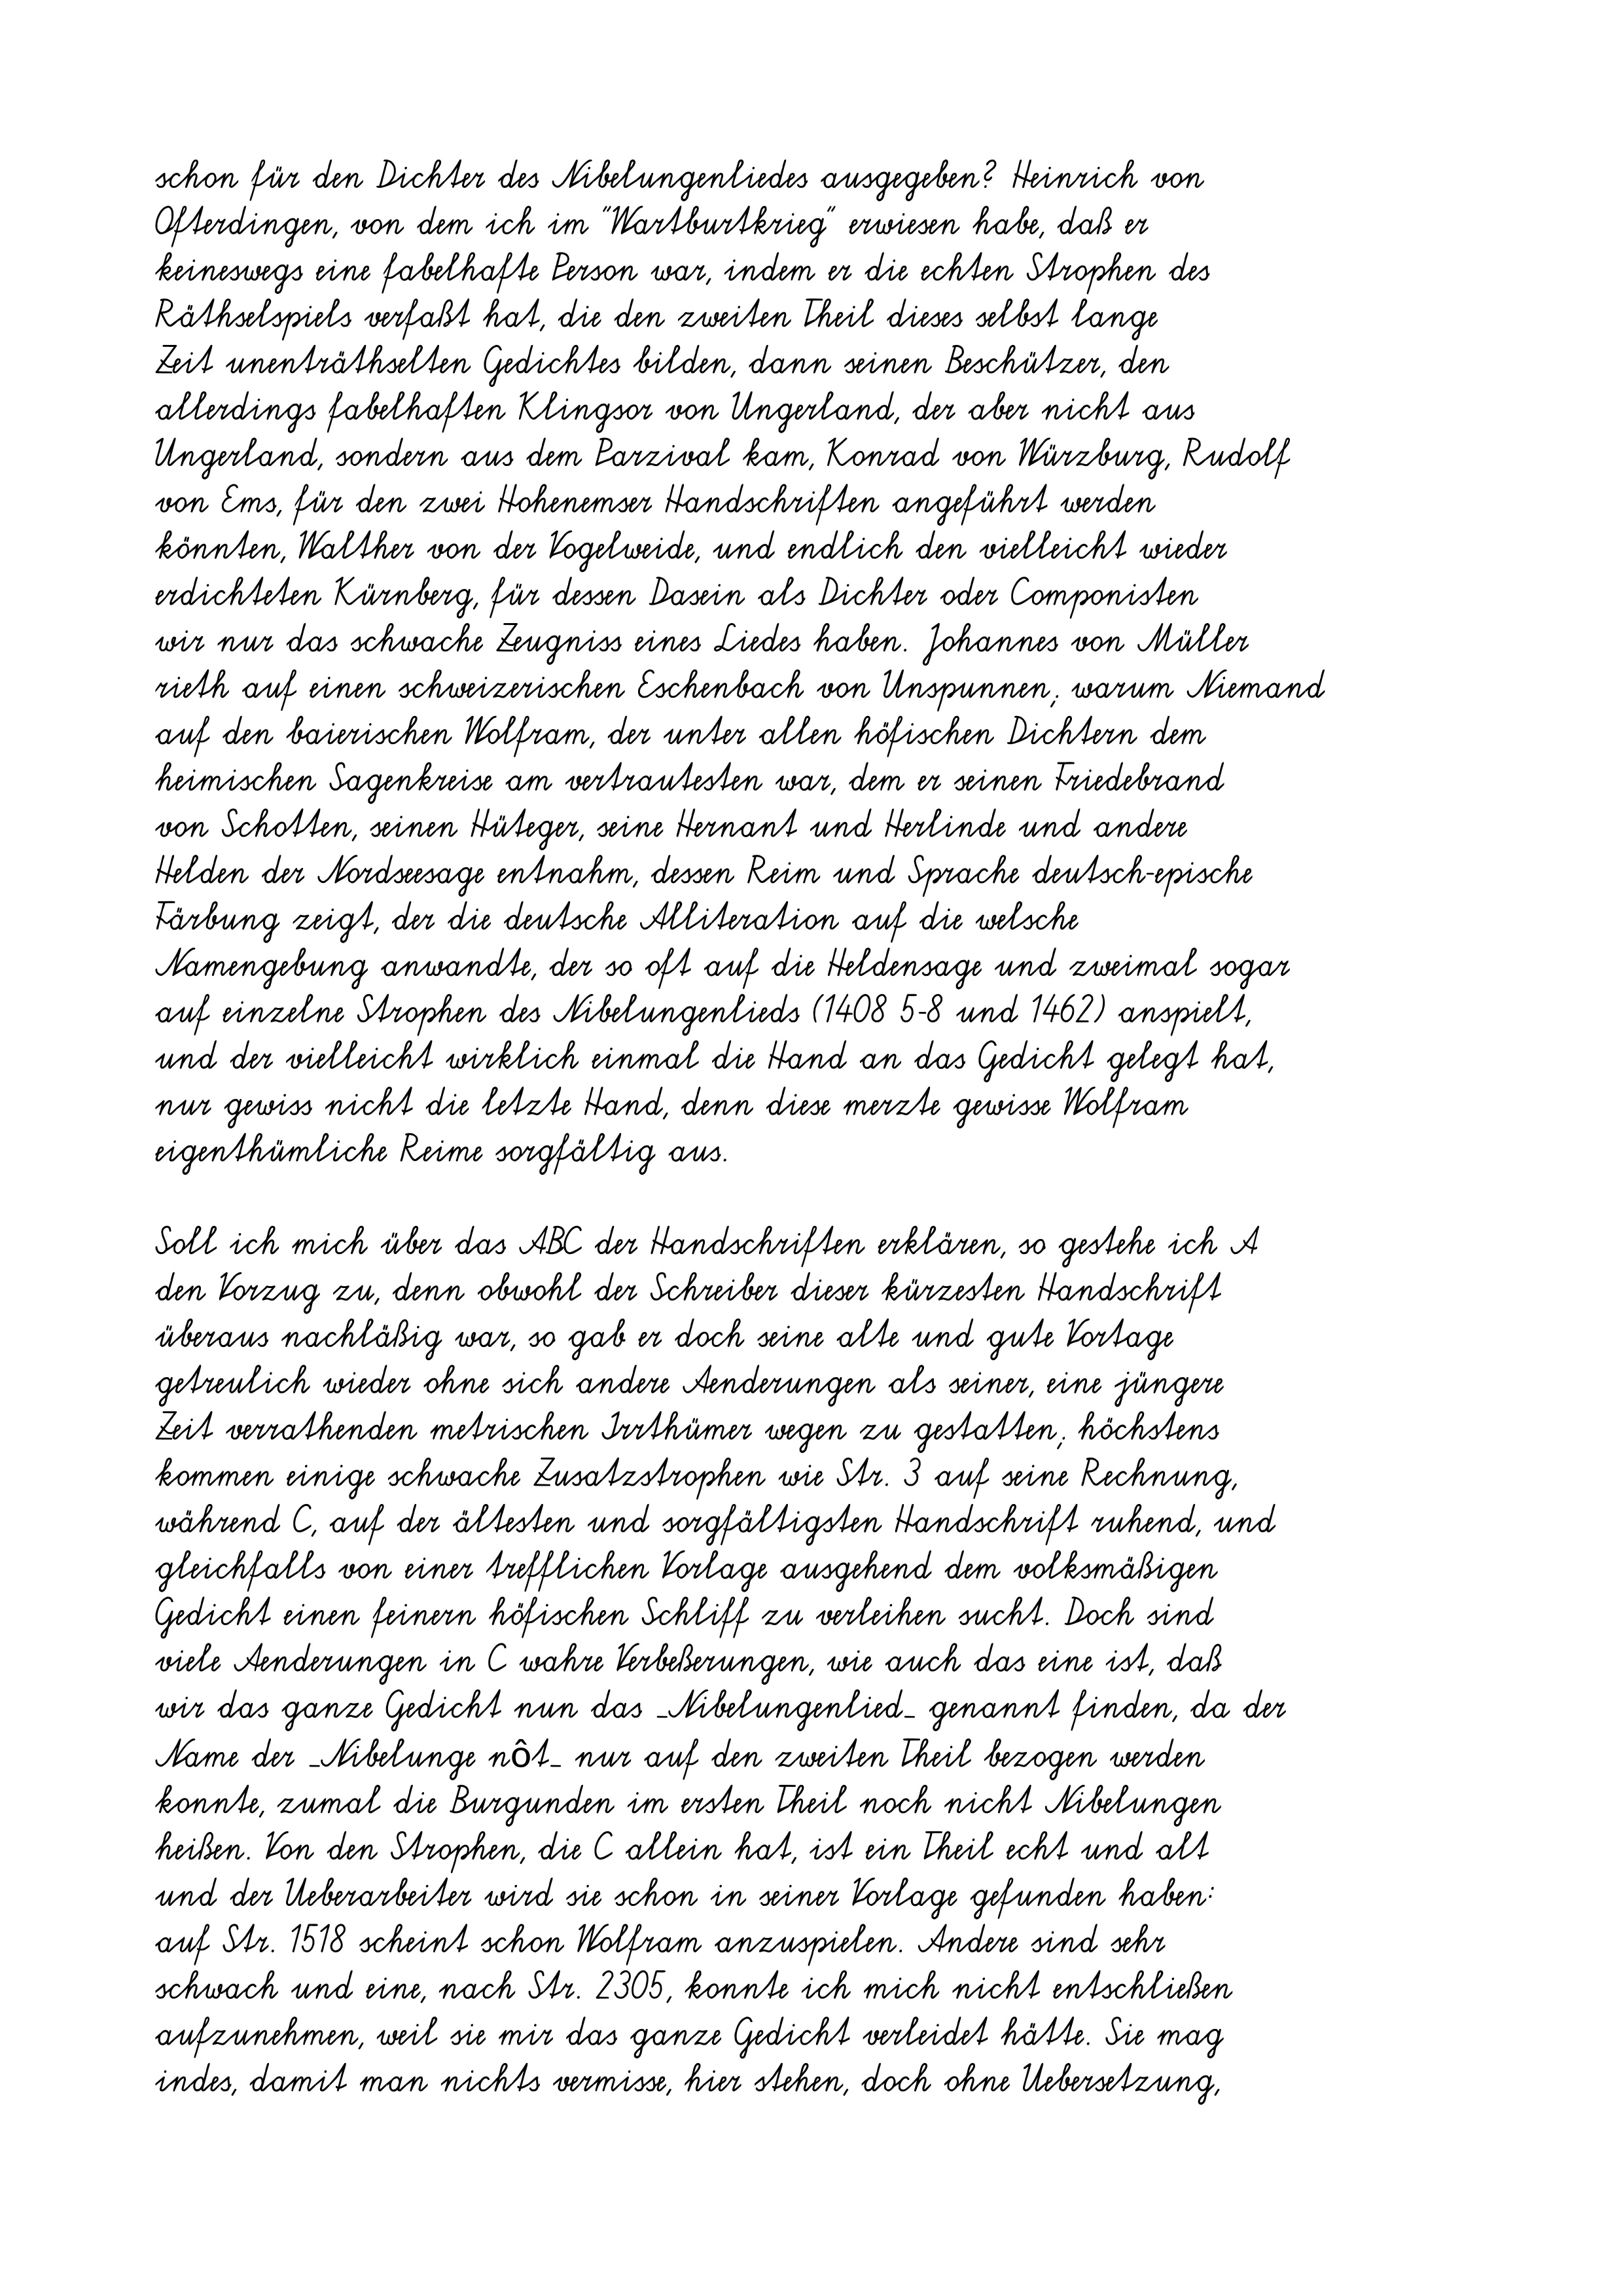
schon für den Dichter des Nibelungenliedes ausgegeben? Heinrich von
Ofterdingen, von dem ich im "Wartburtkrieg" erwiesen habe, daß er
keineswegs eine fabelhafte Person war, indem er die echten Strophen des
Räthselspiels verfaßt hat, die den zweiten Theil dieses selbst lange
Zeit unenträthselten Gedichtes bilden, dann seinen Beschützer, den
allerdings fabelhaften Klingsor von Ungerland, der aber nicht aus
Ungerland, sondern aus dem Parzival kam, Konrad von Würzburg, Rudolf
von Ems, für den zwei Hohenemser Handschriften angeführt werden
könnten, Walther von der Vogelweide, und endlich den vielleicht wieder
erdichteten Kürnberg, für dessen Dasein als Dichter oder Componisten
wir nur das schwache Zeugniss eines Liedes haben. Johannes von Müller
rieth auf einen schweizerischen Eschenbach von Unspunnen; warum Niemand
auf den baierischen Wolfram, der unter allen höfischen Dichtern dem
heimischen Sagenkreise am vertrautesten war, dem er seinen Friedebrand
von Schotten, seinen Hüteger, seine Hernant und Herlinde und andere
Helden der Nordseesage entnahm, dessen Reim und Sprache deutsch-epische
Färbung zeigt, der die deutsche Alliteration auf die welsche
Namengebung anwandte, der so oft auf die Heldensage und zweimal sogar
auf einzelne Strophen des Nibelungenlieds (1408 5-8 und 1462) anspielt,
und der vielleicht wirklich einmal die Hand an das Gedicht gelegt hat,
nur gewiss nicht die letzte Hand, denn diese merzte gewisse Wolfram
eigenthümliche Reime sorgfältig aus.
Soll ich mich über das ABC der Handschriften erklären, so gestehe ich A
den Vorzug zu, denn obwohl der Schreiber dieser kürzesten Handschrift
überaus nachläßig war, so gab er doch seine alte und gute Vortage
getreulich wieder ohne sich andere Aenderungen als seiner, eine jüngere
Zeit verrathenden metrischen Irrthümer wegen zu gestatten; höchstens
kommen einige schwache Zusatzstrophen wie Str. 3 auf seine Rechnung,
während C, auf der ältesten und sorgfältigsten Handschrift ruhend, und
gleichfalls von einer trefflichen Vorlage ausgehend dem volksmäßigen
Gedicht einen feinern höfischen Schliff zu verleihen sucht. Doch sind
viele Aenderungen in C wahre Verbeßerungen, wie auch das eine ist, daß
wir das ganze Gedicht nun das _Nibelungenlied_ genannt finden, da der
Name der _Nibelunge nôt_ nur auf den zweiten Theil bezogen werden
konnte, zumal die Burgunden im ersten Theil noch nicht Nibelungen
heißen. Von den Strophen, die C allein hat, ist ein Theil echt und alt
und der Ueberarbeiter wird sie schon in seiner Vorlage gefunden haben:
auf Str. 1518 scheint schon Wolfram anzuspielen. Andere sind sehr
schwach und eine, nach Str. 2305, konnte ich mich nicht entschließen
aufzunehmen, weil sie mir das ganze Gedicht verleidet hätte. Sie mag
indes, damit man nichts vermisse, hier stehen, doch ohne Uebersetzung,